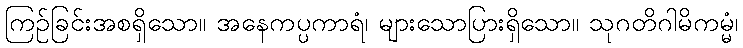
ကြဉ်ခြင်းအစရှိသော။ အနေကပ္ပကာရံ၊ များသောပြားရှိသော။ သုဂတိဂါမိကမ္မံ၊